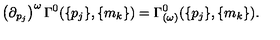
\left( { \partial } _ { p _ { j } } \right) ^ { \omega } \Gamma ^ { 0 } ( \{ p _ { j } \} , \{ m _ { k } \} ) = \Gamma _ { ( \omega ) } ^ { 0 } ( \{ p _ { j } \} , \{ m _ { k } \} ) .